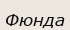
Фюнда